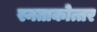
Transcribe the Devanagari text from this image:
स्नताकोत्तर